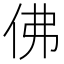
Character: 佛